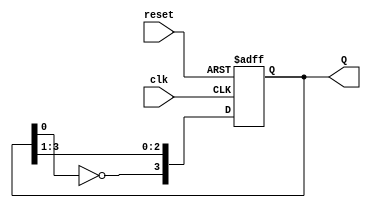
module johnson_counter (
    input wire clk,       // Clock signal
    input wire reset,     // Asynchronous reset signal
    output reg [3:0] Q    // 4-bit output representing the counter state
);

// Sequential logic for the Johnson counter
always @(posedge clk or posedge reset) begin
    if (reset) begin
        Q <= 4'b0000;    // Reset the counter to 0000
    end else begin
        // Johnson counter state transition
        Q[3] <= ~Q[0];    // Invert the output of the last flip-flop and feed it to the first
        Q[2] <= Q[3];     // Shift the state
        Q[1] <= Q[2];     // Shift the state
        Q[0] <= Q[1];     // Shift the state
    end
end

endmodule